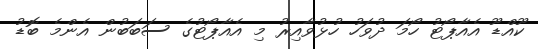
ކޫއްޑޫ އެއާޕޯޓު ހޯމަ ދުވަހު ހުޅުވާއިރު މި އެއާޕޯޓުގެ ސަބަބުން އެންމެ ބޮޑު